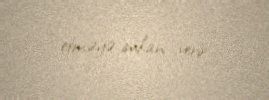
etməyə imkan verir.